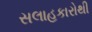
સલાહકારોથી